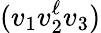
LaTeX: (v_{1}v_{2}^{\ell}v_{3})